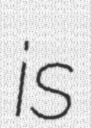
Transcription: is